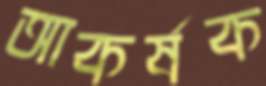
আকর্ষক